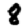
Digit: 8